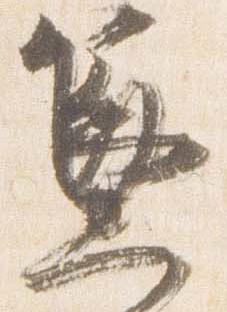
兼